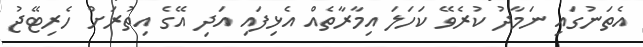
އެތަނުގައި ނަމާދު ކުރެވޭ ކަހަލަ އިމާރާތެއް އެޅިފައި އަދި އޭގެ އިތުރަށް ހެރިޓޭޖު